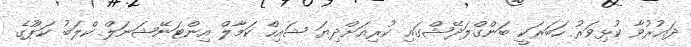
ދައުރުވާ ކުޅިވަރު ހަބަރަކީ ބަންގްލަދޭޝްގައި ކުރިއަށްދިޔަ ޝައިހް ކަމާލް އިންޓަނޭޝަނަލް ކްލަބު ކަޕުްގެ